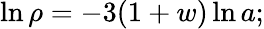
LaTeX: \ln{\rho}=-3(1+w)\ln{a};